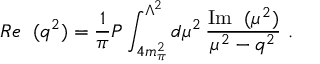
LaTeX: { \cal R } e \ { \bf \Sigma } ( q ^ { 2 } ) = \frac { 1 } { \pi } { \cal P } \int _ { 4 m _ { \pi } ^ { 2 } } ^ { \Lambda ^ { 2 } } d \mu ^ { 2 } \, \frac { \mathrm { I m } \ { \bf \Sigma } ( \mu ^ { 2 } ) } { \mu ^ { 2 } - q ^ { 2 } } \ .